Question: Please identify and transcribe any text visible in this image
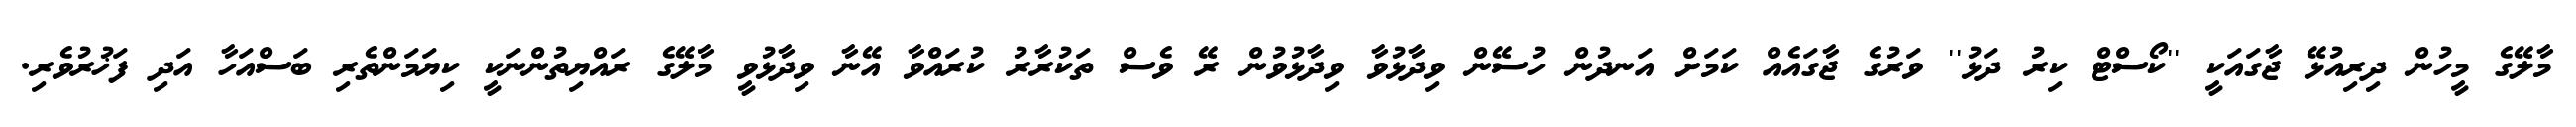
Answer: މާލޭގެ މީހުން ދިރިއުޅޭ ޖާގައަކީ ''ކޯސްޓް ކިރު ދަޅު'' ވަރުގެ ޖާގައެއް ކަމަށް އަނދުން ހުސޭން ވިދާޅުވާ ވިދާޅުވުން ރޭ ވެސް ތަކުރާރު ކުރައްވާ އޭނާ ވިދާޅުވީ މާލޭގެ ރައްޔިތުންނަކީ ކިޔަމަންތެރި ބަސްއަހާ އަދި ފަޚުރުވެރި.